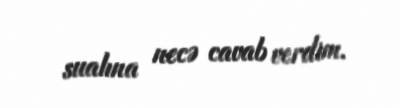
sualına necə cavab verdim.